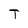
Character: T